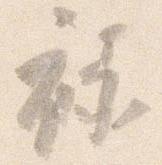
禄